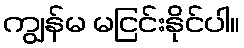
ကျွန်မ မငြင်းနိုင်ပါ။